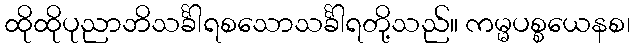
ထိုထိုပုညာဘိသင်္ခါရစသောသင်္ခါရတို့သည်။ ကမ္မပစ္စယေနစ၊